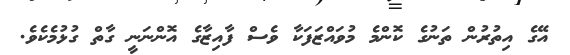
އޭގެ އިތުރުން ތަނުގެ ކޮންމެ މުވައްޒަފަކާ ވެސް ފާއިޒާގެ އޮންނަނީ ގާތް ގުޅުމެކެވެ.